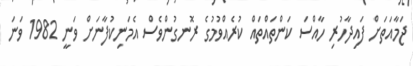
ޖަމާއަތަށް ފައިދާހުރި ހާއްސަ ކަންތައްތައް ކުރެއްވުމުގެ ރޮނގުންވެސް އެމަނިކުފާނަށް ވަނީ 1982 ވަނަ